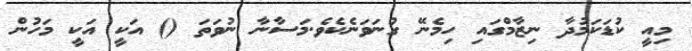
މިއީ ކުޑަކަމުދާ ނިޒާމްގައި ހިމެނޭ ގުނަވަނެކެވެ.މަސާނާ ނުވަތަ () އަކީ އަކީ މަހުން